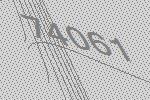
74061